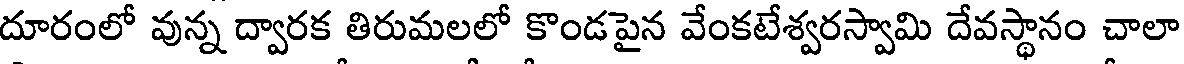
దూరంలో వున్న ద్వారక తిరుమలలో కొండపైన వేంకటేశ్వరస్వామి దేవస్థానం చాలా